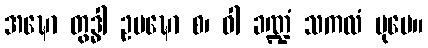
အဍ္ဎော တွဒ္ဓါ ဥပဍ္ဎော စ၊ ဝါ ခဏ္ဍံ သကလံ ပုမေ။